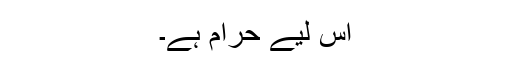
اس لیے حرام ہے۔